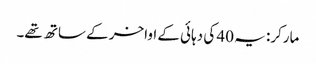
مارکر: یہ 40 کی دہائی کے اواخر کے ساتھ تھے۔